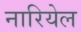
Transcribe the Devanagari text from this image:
नारियेल